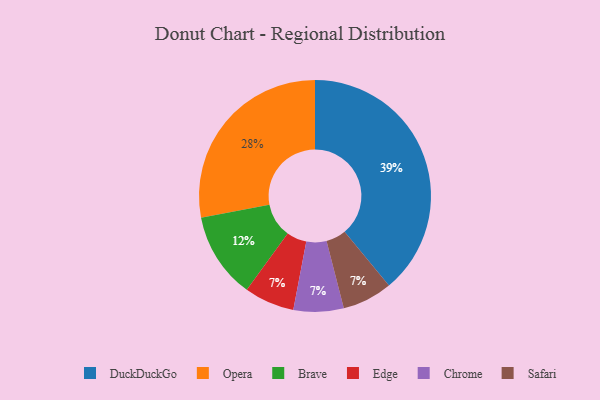
{"axis": {"x": "Category", "y": "Percentage"}, "legend": ["Brave", "Chrome", "DuckDuckGo", "Edge", "Opera", "Safari"], "data": [{"x": "Edge", "y": 7, "type": "Edge"}, {"x": "Opera", "y": 28, "type": "Opera"}, {"x": "Brave", "y": 12, "type": "Brave"}, {"x": "Chrome", "y": 7, "type": "Chrome"}, {"x": "Safari", "y": 7, "type": "Safari"}, {"x": "DuckDuckGo", "y": 39, "type": "DuckDuckGo"}]}